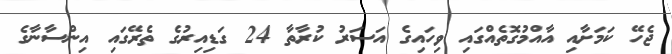
ޖެހޭ ކަމަށާއި އާއްމުގޮތެއްގައި ވިހައިގެ އަސަރު ކުރާތާ 24 ގަޑިއިރުގެ ތެރޭގައި އިންސާނާގެ